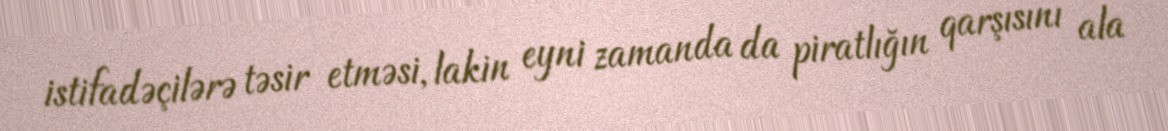
istifadəçilərə təsir etməsi, lakin eyni zamanda da piratlığın qarşısını ala